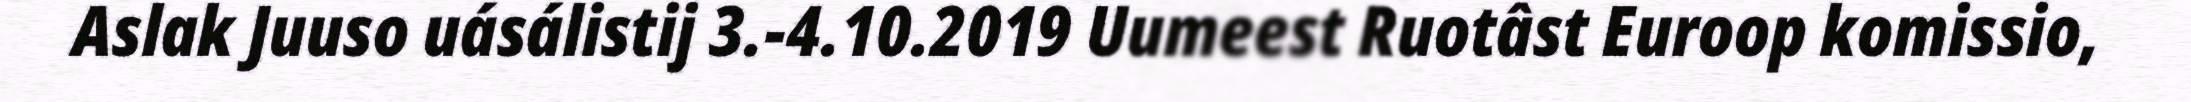
Aslak Juuso uásálistij 3.-4.10.2019 Uumeest Ruotâst Euroop komissio,